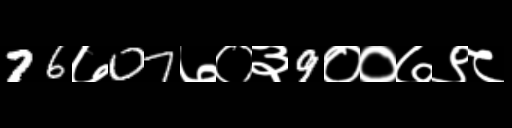
Text: 76७07७०३9००७९८